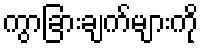
ကွာခြားချက်များကို